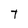
Character: T